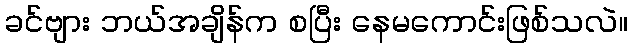
ခင်ဗျား ဘယ်အချိန်က စပြီး နေမကောင်းဖြစ်သလဲ။